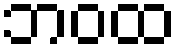
ဘဝထ